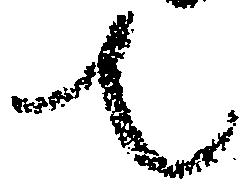
て